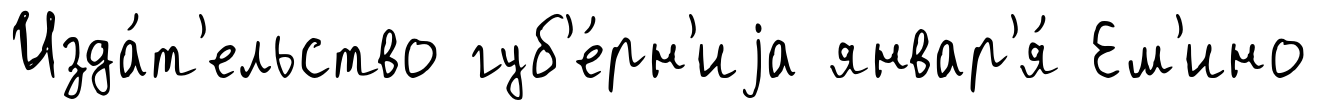
Изда́т'ельство губ'е́рн'иjа январ'я́ Ем'ино